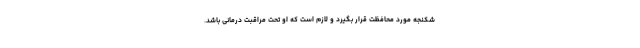
شکنجه مورد محافظت قرار بگیرد و لازم است که او تحت مراقبت درمانی باشد.